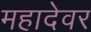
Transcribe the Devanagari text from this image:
महादेवर